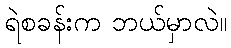
ရဲစခန်းက ဘယ်မှာလဲ။